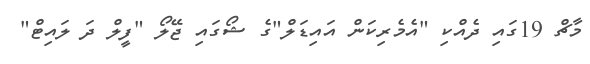
މާޗް 19ގައި ދެއްކި "އެމެރިކަން އައިޑަލް"ގެ ޝޯގައި ޖޭލޯ "ފީލް ދަ ލައިޓް"